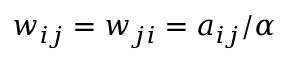
w _ { i j } = w _ { j i } = a _ { i j } / \alpha